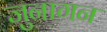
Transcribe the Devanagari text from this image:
जुनागन